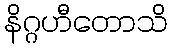
နိဂ္ဂဟီတောသိ